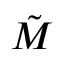
\tilde { M }